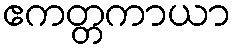
ဧကတ္တကာယာ